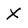
Character: X